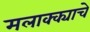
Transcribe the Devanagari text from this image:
मलाक्क्याचे